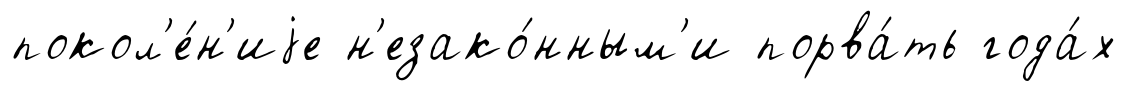
покол'е́н'иjе н'езако́нным'и порва́ть года́х